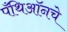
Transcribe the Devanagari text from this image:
पँथिऑनचे